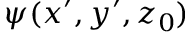
\psi ( x ^ { \prime } , y ^ { \prime } , z _ { 0 } )